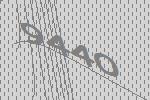
9440